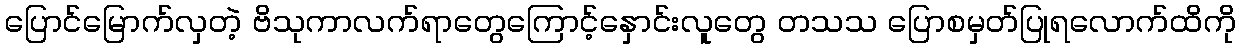
ပြောင်မြောက်လှတဲ့ ဗိသုကာလက်ရာတွေကြောင့်နှောင်းလူတွေ တသသ ပြောစမှတ်ပြုရလောက်ထိကို